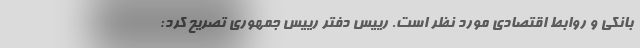
بانکی و روابط اقتصادی مورد نظر است. رییس دفتر رییس جمهوری تصریح کرد: